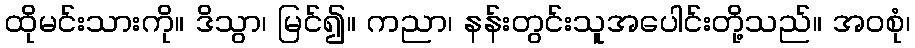
ထိုမင်းသားကို။ ဒိသွာ၊ မြင်၍။ ကညာ၊ နန်းတွင်းသူအပေါင်းတို့သည်။ အဝစုံ၊